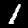
Label: 1